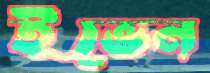
ইভেন